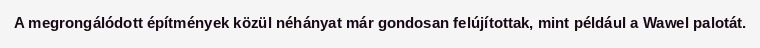
A megrongálódott építmények közül néhányat már gondosan felújítottak, mint például a Wawel palotát.